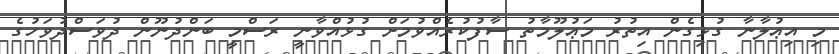
މި އިޢުލާނާ ގުޅިގެން އިތުރު މަޢުލޫމާތު ސާފުކުރެއްވުމަށް ގުޅުއްވާނީ ރަސްމީ ބަންދުނޫން ދުވަސްދުވަހުގެ